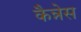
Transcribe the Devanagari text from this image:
कैन्नेस